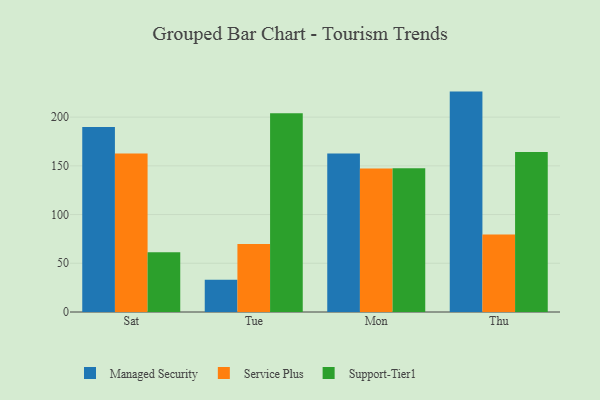
{"axis": {"x": "Day", "y": "Satisfaction Score"}, "legend": ["Managed Security", "Service Plus", "Support-Tier1"], "data": [{"x": "Sat", "y": 189.9, "type": "Managed Security"}, {"x": "Sat", "y": 162.6, "type": "Service Plus"}, {"x": "Sat", "y": 61.2, "type": "Support-Tier1"}, {"x": "Tue", "y": 33.2, "type": "Managed Security"}, {"x": "Tue", "y": 69.9, "type": "Service Plus"}, {"x": "Tue", "y": 204.0, "type": "Support-Tier1"}, {"x": "Mon", "y": 162.6, "type": "Managed Security"}, {"x": "Mon", "y": 147.2, "type": "Service Plus"}, {"x": "Mon", "y": 147.5, "type": "Support-Tier1"}, {"x": "Thu", "y": 226.2, "type": "Managed Security"}, {"x": "Thu", "y": 79.6, "type": "Service Plus"}, {"x": "Thu", "y": 164.1, "type": "Support-Tier1"}]}